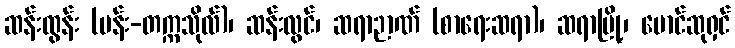
ဆန်းထွန်း (မန်း-တက္ကသိုလ်)၊ ဆန်းလွင်၊ ဆရာဉာဏ် (စာရေးဆရာ)၊ ဆရာမြို့၊ မောင်ဆုရှင်